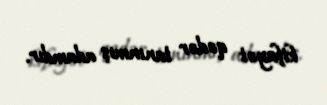
kifayət qədər tanınmış adamdır.